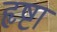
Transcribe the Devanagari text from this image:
हृष्टा